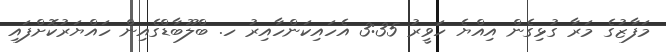
މަފާޒުގެ މަރާ ގުޅިގެން އިއްޔެ ހަވީރު 3:35 އެހައިކަންހާއިރު ހ. ބްލޫބާޑްގެއިން ހައްޔަރުކޮށްފައި